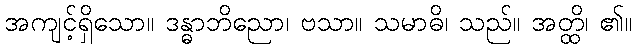
အကျင့်ရှိသော။ ဒန္ဓာဘိညော၊ ဗသာ။ သမာဓိ၊ သည်။ အတ္ထိ၊ ၏။